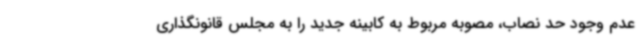
عدم وجود حد نصاب، مصوبه مربوط به کابینه جدید را به مجلس قانونگذاری